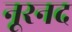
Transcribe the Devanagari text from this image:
नूरनद